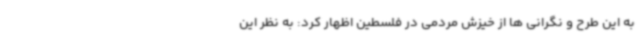
به این طرح و نگرانی ها از خیزش مردمی در فلسطین اظهار کرد: به نظر این